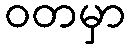
ဝတမှာ